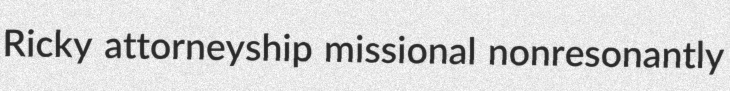
Ricky attorneyship missional nonresonantly